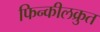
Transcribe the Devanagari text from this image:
फिन्कीलक्रुत